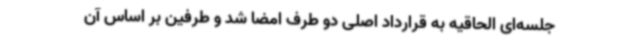
جلسه‌ای الحاقیه به قرارداد اصلی دو طرف امضا شد و طرفین بر اساس آن